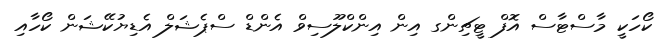
ކޯހަކީ މާސްޓާސް އޮފް ޓީޗިންގ އިން އިންކްލޫސިވް އެންޑް ސްޕެޝަލް އެޑިޔުކޭޝަން ކޯހާއި